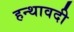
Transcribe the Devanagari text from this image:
हन्थावदी